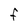
Character: F